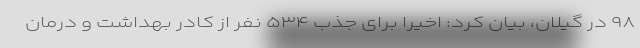
۹۸ در گیلان، بیان کرد: اخیراً برای جذب ۵۳۴ نفر از کادر بهداشت و درمان